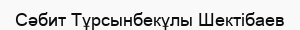
Сәбит Тұрсынбекұлы Шектібаев